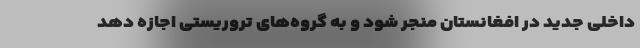
داخلی جدید در افغانستان منجر شود و به گروه‌های تروریستی اجازه دهد